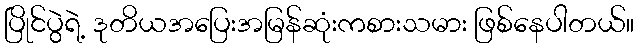
ပြိုင်ပွဲရဲ့ ဒုတိယအပြေးအမြန်ဆုံးကစားသမား ဖြစ်နေပါတယ်။